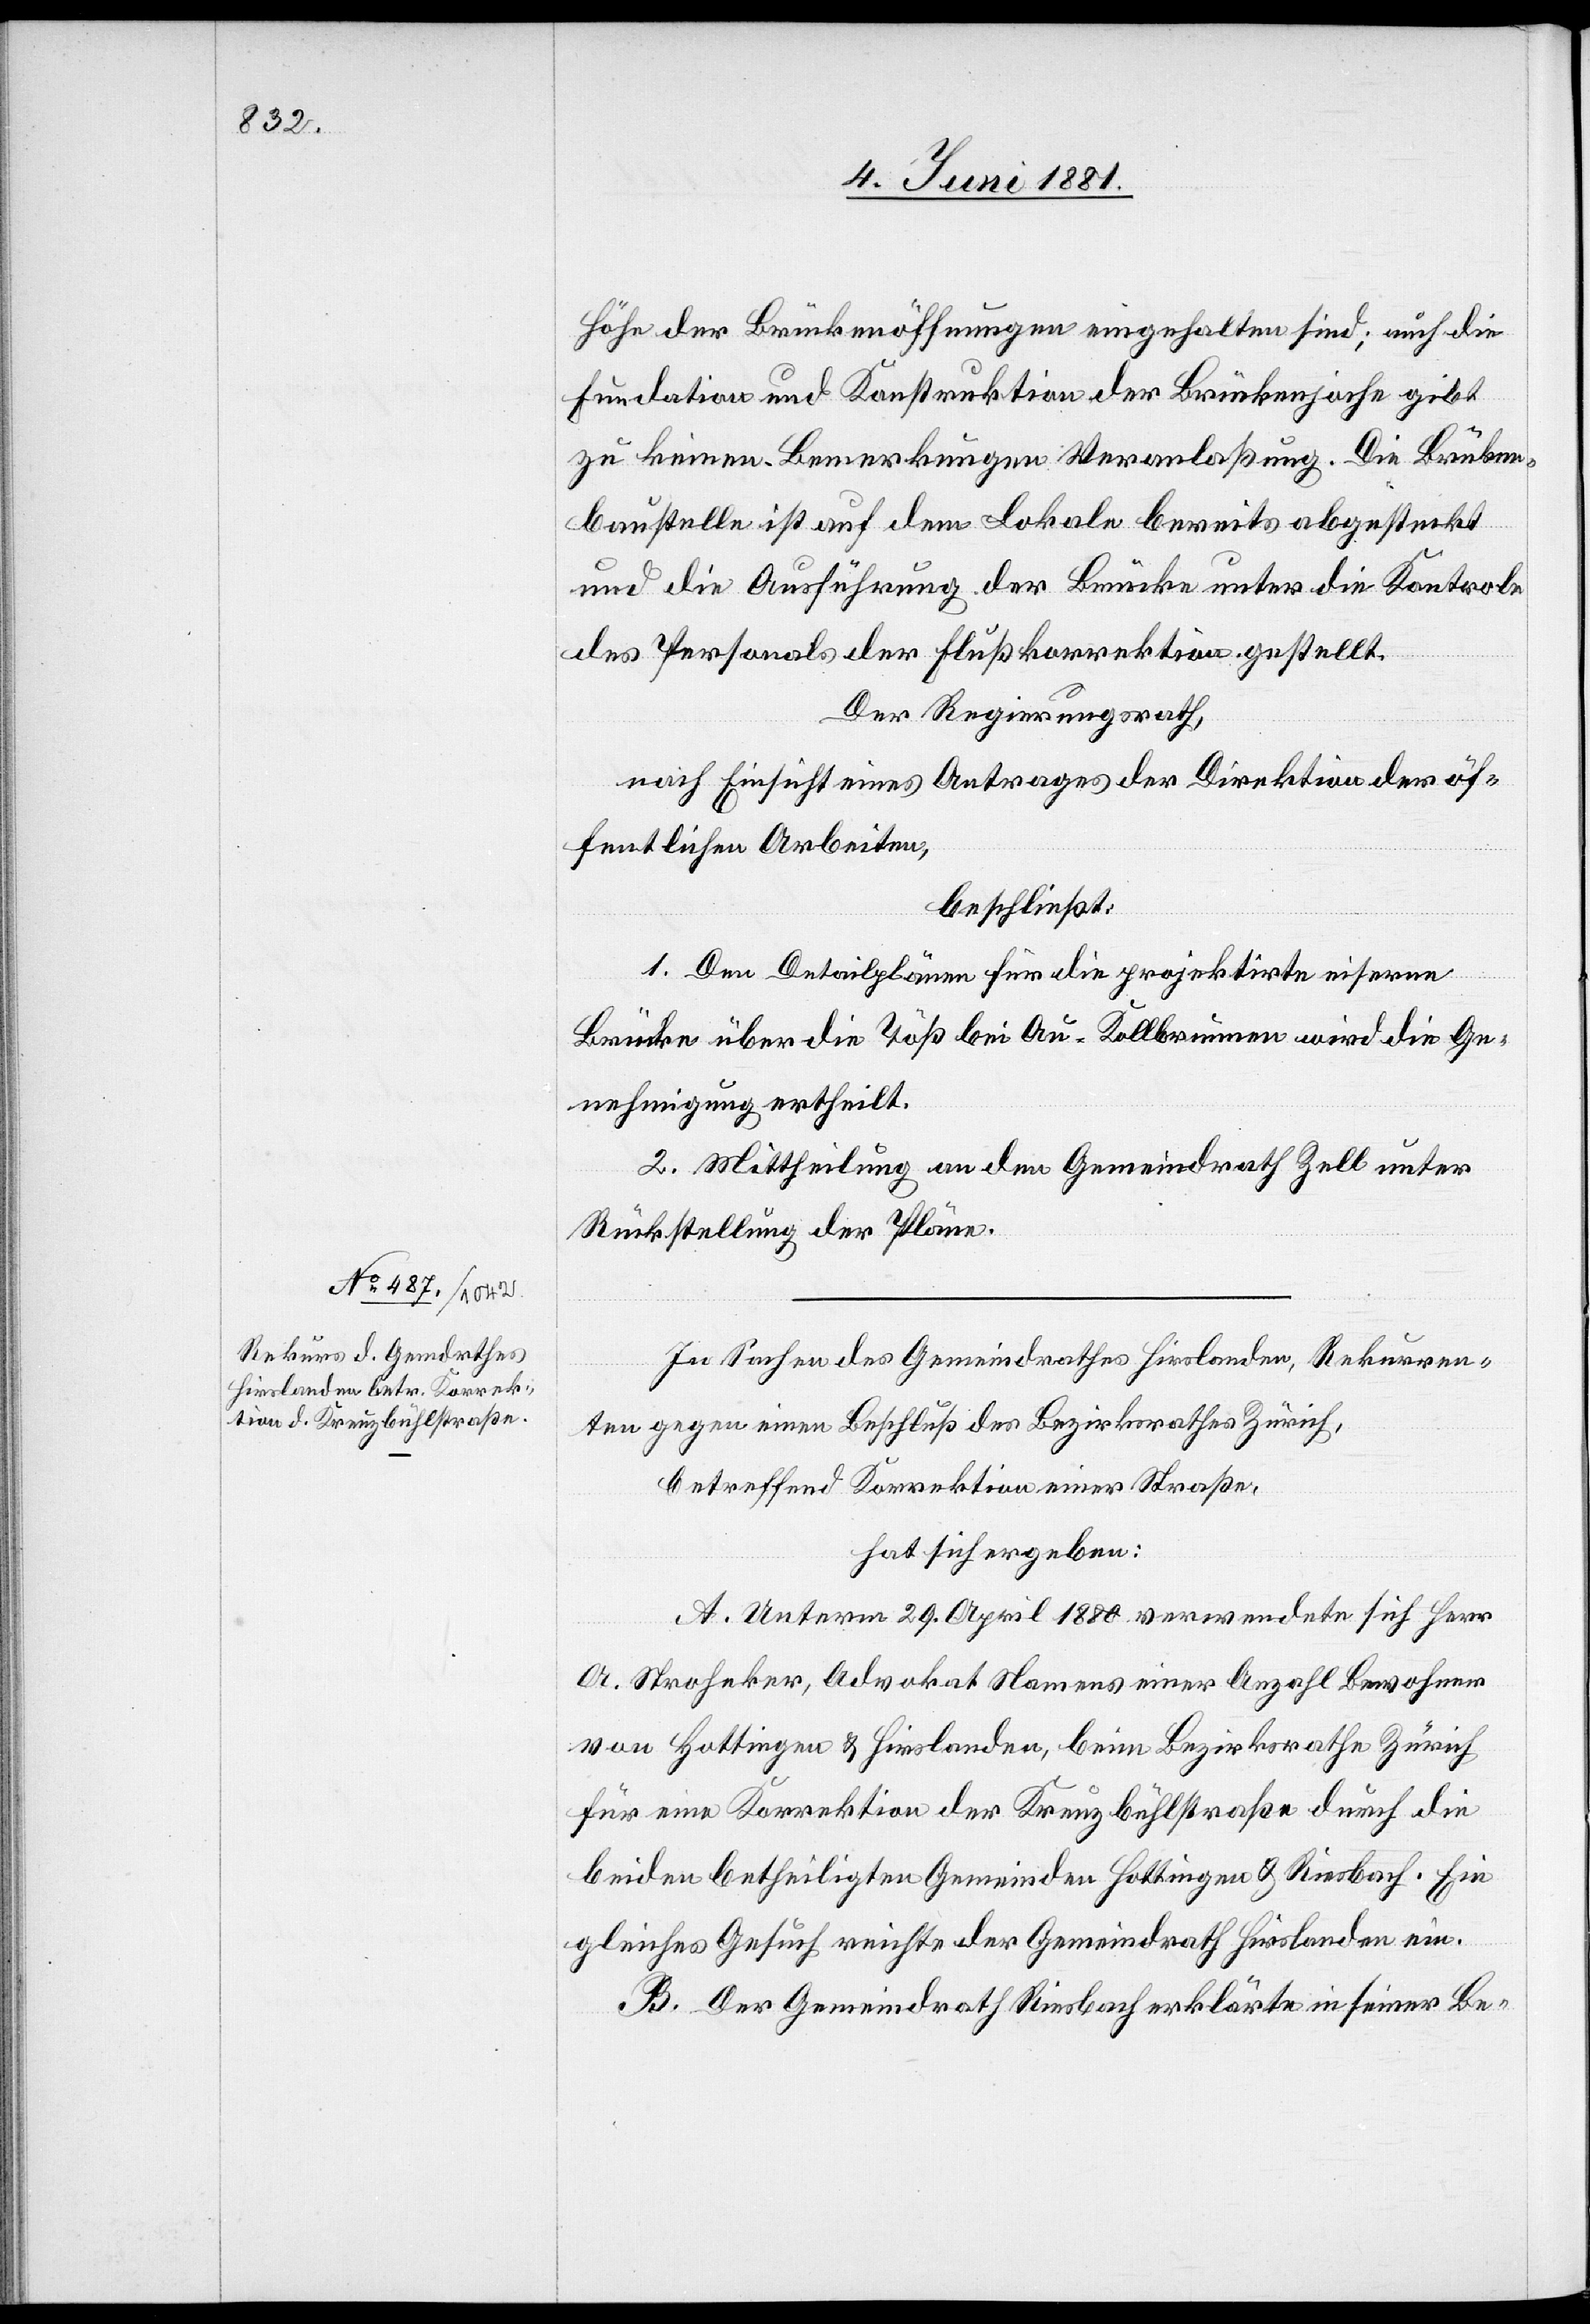
Höhe der Brückenöffnungen eingehalten sind; auch die
Fundation und Konstruktion der Brückenjoche gibt
zu keinen Bemerkungen Veranlaßung. Die Brücken¬
baustelle ist auf dem Lokale bereits abgesteckt
und die Ausführung der Brücke unter die Kontrole
des Personals der Flußkorrektion gestellt.
Der Regierungsrath,
nach Einsicht eines Antrages der Direktion der öf¬
fentlichen Arbeiten,
beschließt:
1. Den Detailplänen für die projektirte eiserne
Brücke über die Töß bei Au - Kollbrunnen wird die Ge¬
nehmigung ertheilt.
2. Mittheilung an den Gemeindrath Zell unter
Rückstellung der Pläne.
In Sachen des Gemeindrathes Hirslanden, Rekurren¬
ten gegen einen Beschluß des Bezirksrathes Zürich,
betreffend Korrektion einer Straße,
hat sich ergeben:
A. Unterm 29. April 1880 verwendete sich Herr
A. Stroheker, Advokat Namens einer Anzahl Bewohner
von Hottingen & Hirslanden, beim Bezirksrathe Zürich
für eine Korrektion der Kreuzbühlstraße durch die
beiden betheiligten Gemeinden Hottingen & Riesbach. Ein
gleiches Gesuch reichte der Gemeindrath Hirslanden ein.
B. Der Gemeindrath Riesbach erklärte in seiner Be-